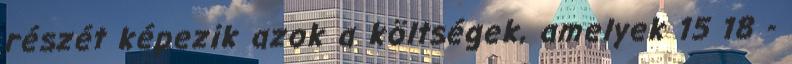
részét képezik azok a költségek, amelyek 15 18 -